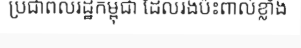
ប្រជាពលរដ្ឋកម្ពុជា ដែលរងប៉ះពាល់ខ្លាំង